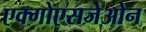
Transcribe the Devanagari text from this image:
एक्गोएसजेओन